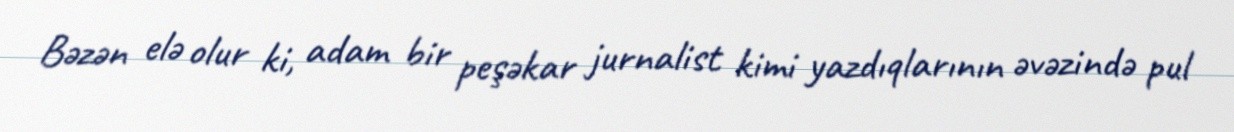
Bəzən elə olur ki, adam bir peşəkar jurnalist kimi yazdıqlarının əvəzində pul